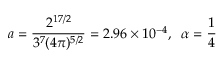
a = \frac { 2 ^ { 1 7 / 2 } } { 3 ^ { 7 } ( 4 \pi ) ^ { 5 / 2 } } = 2 . 9 6 \times 1 0 ^ { - 4 } , \; \; \alpha = \frac { 1 } { 4 }